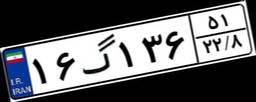
۱۶گ۱۳۶۵۱